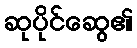
ဆုပိုင်ဆွေ၏